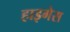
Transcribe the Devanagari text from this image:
हाइगेस